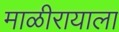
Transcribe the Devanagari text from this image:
माळीरायाला